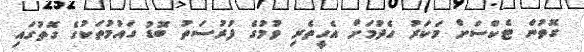
ގޮތުން ޓެކްސަށް މަކަރު ހެދުމަށް އެހީތެރި ވުމުގެ ފުރުސަތު ބޮޑު ގައުމުތަކުގެ ގޮތުގައި